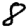
Digit: 8